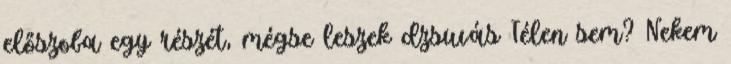
előszoba egy részét, mégse leszek dzsuvás Télen sem? Nekem